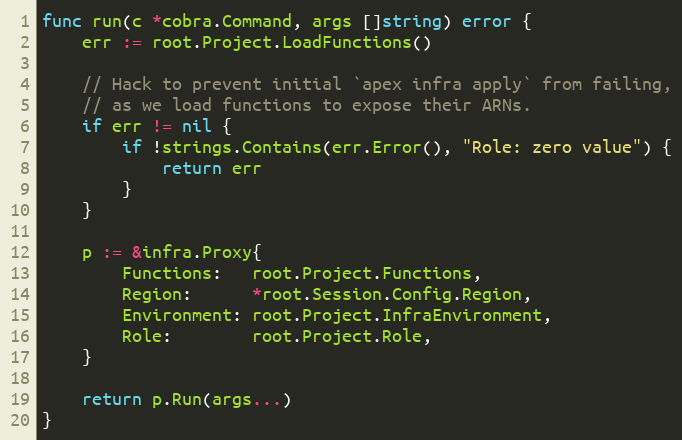
Language: Go
func run(c *cobra.Command, args []string) error {
	err := root.Project.LoadFunctions()

	// Hack to prevent initial `apex infra apply` from failing,
	// as we load functions to expose their ARNs.
	if err != nil {
		if !strings.Contains(err.Error(), "Role: zero value") {
			return err
		}
	}

	p := &infra.Proxy{
		Functions:   root.Project.Functions,
		Region:      *root.Session.Config.Region,
		Environment: root.Project.InfraEnvironment,
		Role:        root.Project.Role,
	}

	return p.Run(args...)
}